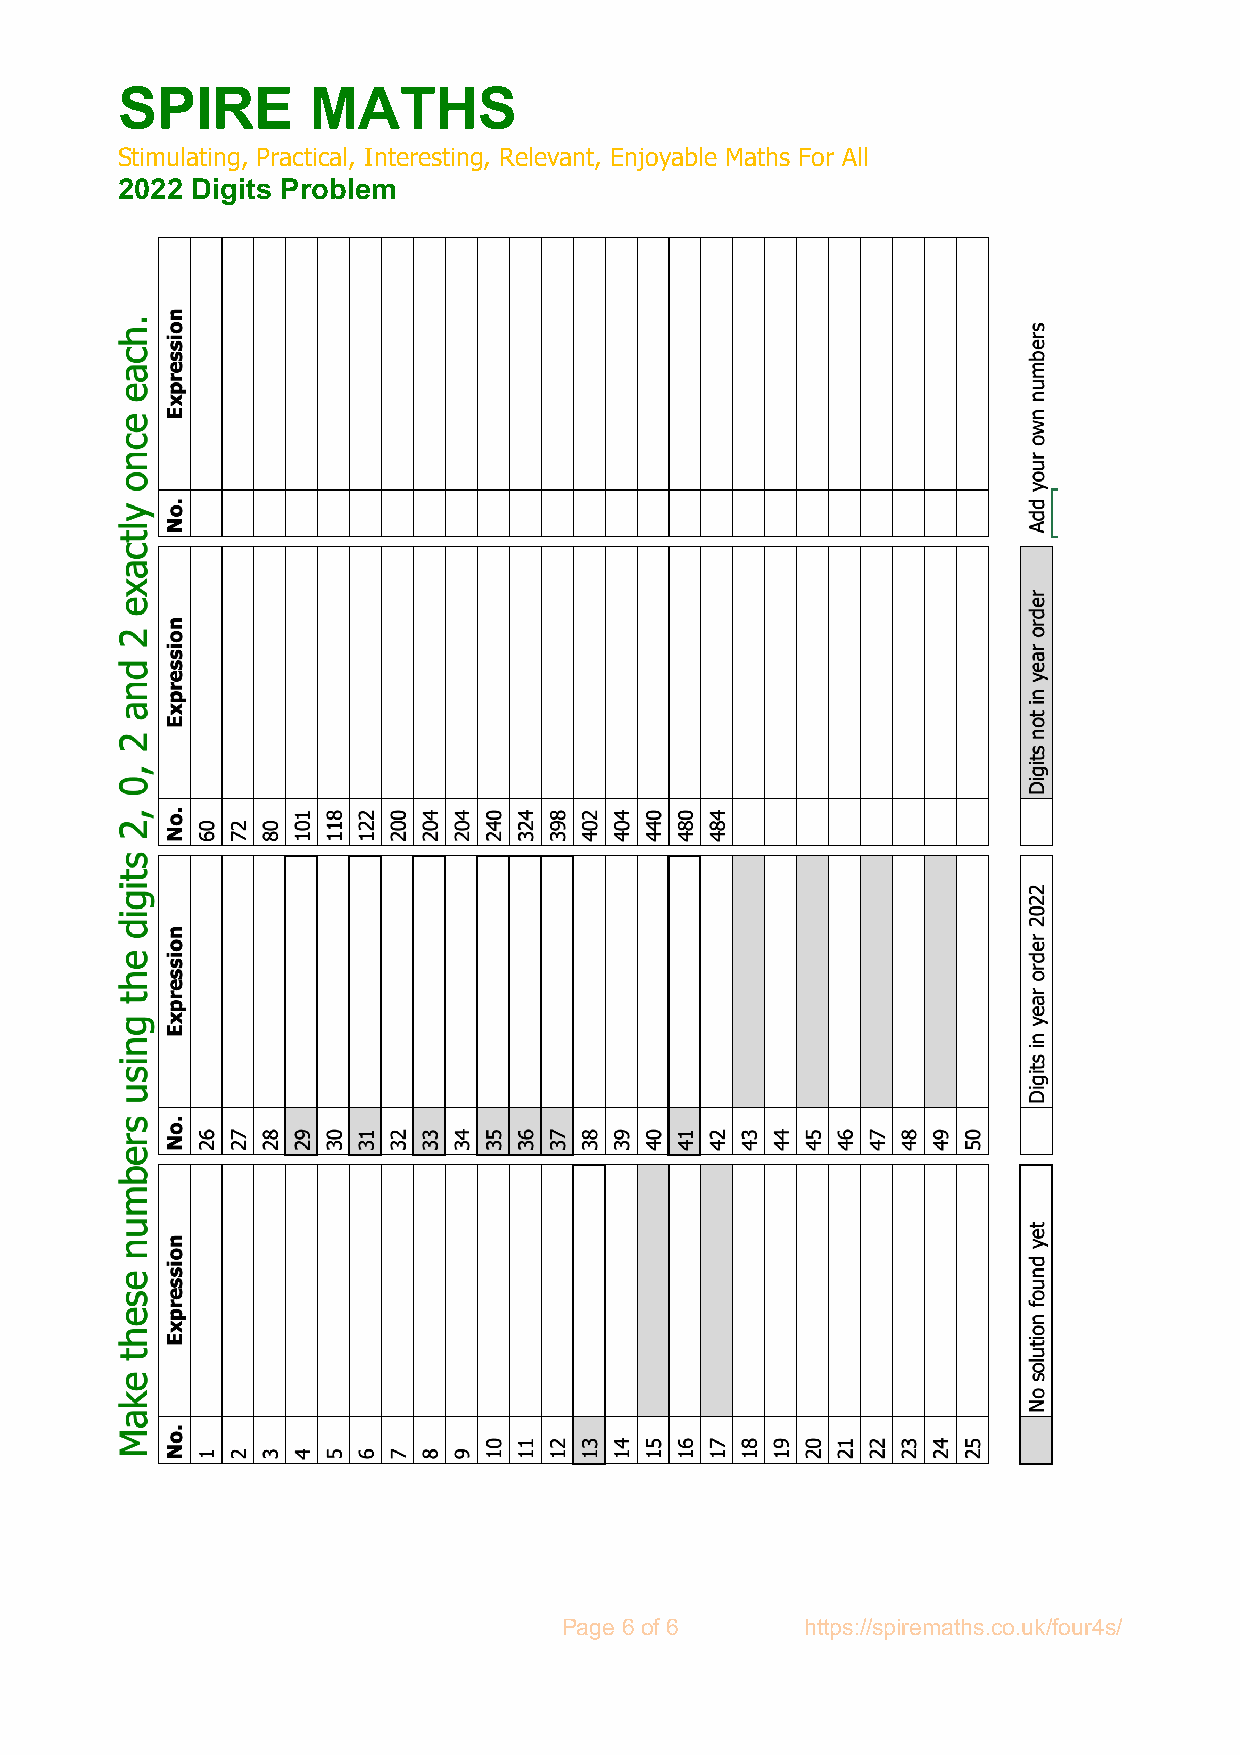
SPIRE       MATHS
 Stimulating, Practical, Interesting, Relevant, Enjoyable Maths For All
 2022 Digits Problem
 Page 6 of 6     https://spiremaths.co.uk/four4s/